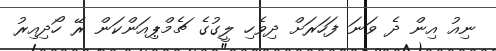
ނިއު އިން ދެ ވަނަ ފަހަރަށް ދިވެހި ލީގުގެ ޗެމްޕިއަންކަން ރޭ ހޯދިއިރު